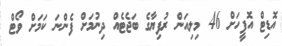
އޮޑިޓް އޮފީހަށް 46 މިލިއަން ރުފިޔާގެ ބަޖެޓެއް ދިނުމަށް ފެންނަ ކަމަށް ވޯޓް